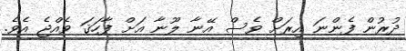
ދުރުން ފެންނަ އިރަށް ވެސް އޭނާ ލޫނާ އަށް ފާހަޤަ ވެއްޖެ އެވެ.